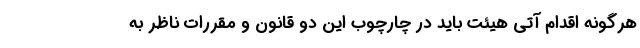
هرگونه اقدام آتی هیئت باید در چارچوب این دو قانون و مقررات ناظر به